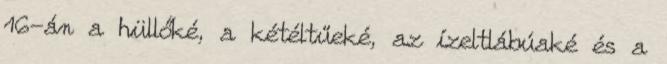
16-án a hüllőké, a kétéltűeké, az ízeltlábúaké és a